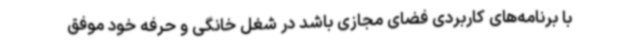
با برنامه‌های کاربردی فضای مجازی باشد در شغل خانگی و حرفه خود موفق